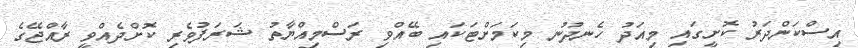
އިސްކަންދަރު ކޮށީގައި މިއަދު ހެނދުނު މިކަމަށްޓަކައި ބޭއްވި ރަސްމިއްޔާތު ޝަރަފުވެރި ކޮށްދެއްވީ ރާއްޖޭގެ